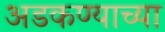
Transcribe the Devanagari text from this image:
अडकण्याच्या